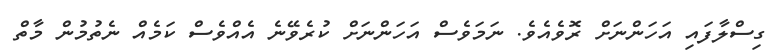
ގިސްލާފައި އަހަންނަށް ރޮވެއެވެ. ނަމަވެސް އަހަންނަށް ކުރެވޭނެ އެއްވެސް ކަމެއް ނެތުމުން މާތް